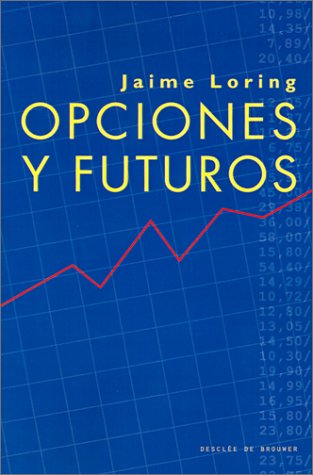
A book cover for Opciones Y Futuros (BIBLIOTECA DE GESTION DESCLEE); Jaime Loring; Business & Money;